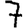
Digit: 7